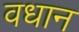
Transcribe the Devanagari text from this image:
वधान